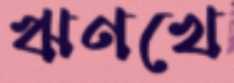
ঋণখে